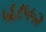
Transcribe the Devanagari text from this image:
५६८५५२